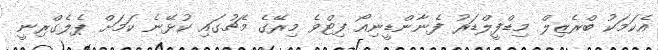
އެކަމަކު ބްރެޒިލް މިޑްފީލްޑަރު ފެނާންޑީނިއޯ ފިޓްވެ މިރޭގެ މެޗުގައި ކުޅޭނެ ކަމަށް ޕެލެގްރިނީ